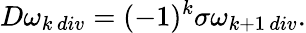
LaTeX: D\omega_{k\, div}=(-1)^{k}\sigma\omega_{k+1\, div}.